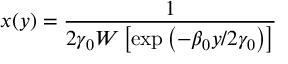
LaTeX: x ( y ) = \frac { 1 } { 2 \gamma _ { 0 } W \left[ \exp { \left( - \beta _ { 0 } y / 2 \gamma _ { 0 } \right) } \right] }